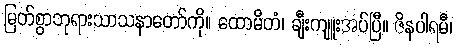
မြတ်စွာဘုရားသာသနာတော်ကို။ ထောမိတံ၊ ချီးကျူးအပ်ပြီ။ ဇိနပါရမီ၊